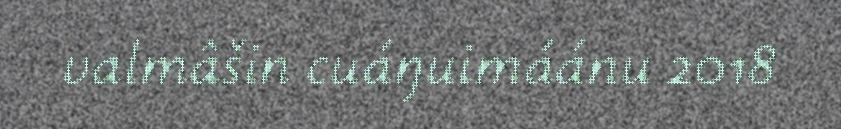
valmâšin cuáŋuimáánu 2018